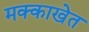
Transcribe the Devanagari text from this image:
मक्काखेत